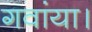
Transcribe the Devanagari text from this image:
गवांया।